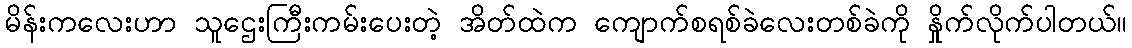
မိန်းကလေးဟာ သူဌေးကြီးကမ်းပေးတဲ့ အိတ်ထဲက ကျောက်စရစ်ခဲလေးတစ်ခဲကို နှိုက်လိုက်ပါတယ်။